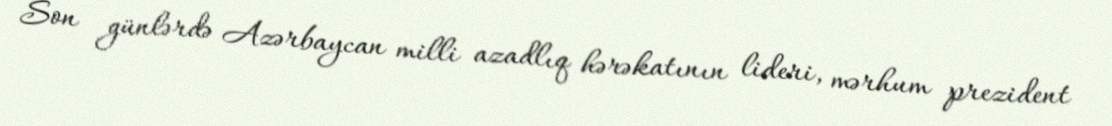
Son günlərdə Azərbaycan milli azadlıq hərəkatının lideri, mərhum prezident